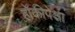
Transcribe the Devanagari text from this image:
हॉकीपेक्षा